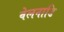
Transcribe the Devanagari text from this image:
वेलनाडि